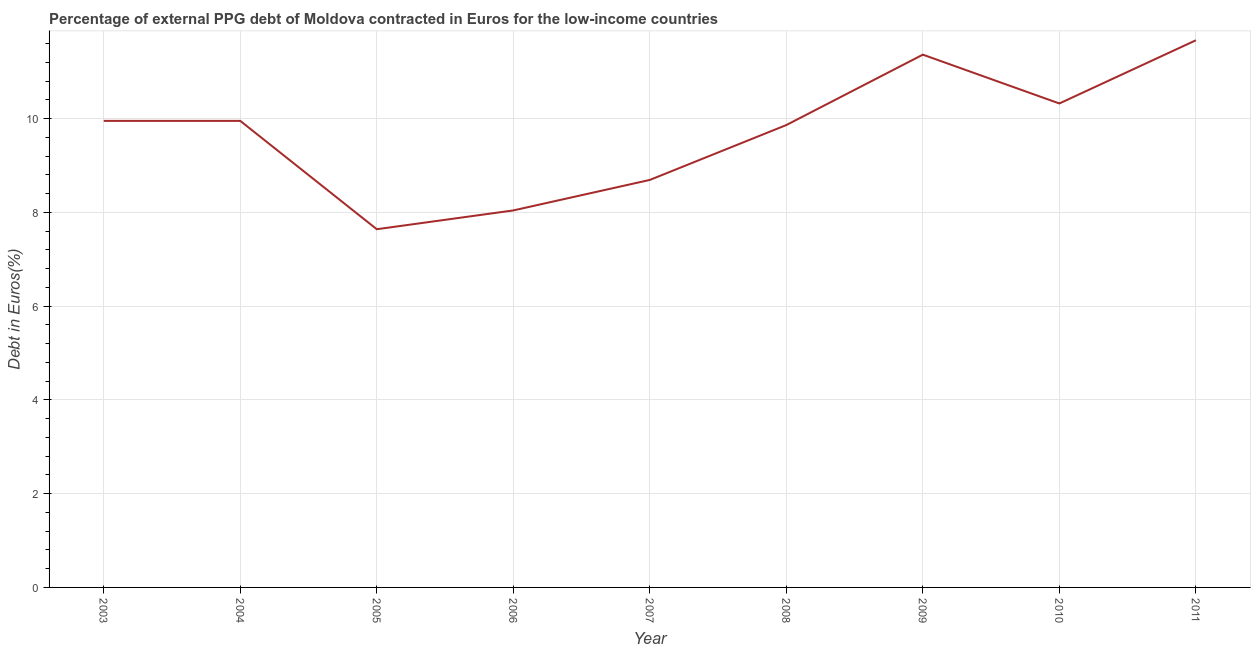
| Year | Currency composition of PPG debt |
 | --- | --- |
 | 2003 | 9.95 |
 | 2004 | 9.95 |
 | 2005 | 7.64 |
 | 2006 | 8.04 |
 | 2007 | 8.69 |
 | 2008 | 9.86 |
 | 2009 | 11.4 |
 | 2010 | 10.3 |
 | 2011 | 11.7 |